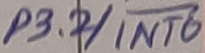
Text: P3.2/INT0